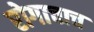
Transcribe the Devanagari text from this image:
रोगाचाच